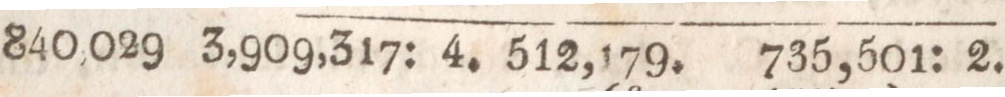
840,029    3,909,317: 4. 512,179.    735,501:2.